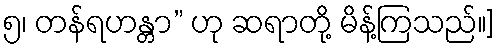
၅၊ တန်ရဟန္တာ” ဟု ဆရာတို့ မိန့်ကြသည်။]